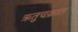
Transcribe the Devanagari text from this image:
ऋतुचक्रात